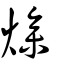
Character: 𤍜